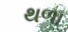
થળા